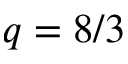
q = 8 / 3